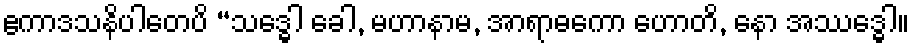
ဧကာဒသနိပါတေပိ “သဒ္ဓေါ ခေါ, မဟာနာမ, အာရာဓကော ဟောတိ, နော အဿဒ္ဓေါ။